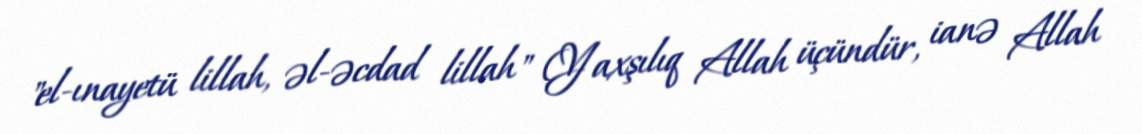
"el-ınayetü lillah, əl-əcdad lillah" (Yaxşılıq Allah üçündür, ianə Allah